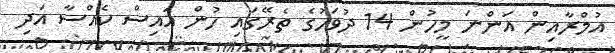
އުމްރާއިން އަންނަ މީހުން 14 ދުވަހުގެ ތެރޭގައި ހުން އައިސް ކެއްސާ އަދި